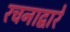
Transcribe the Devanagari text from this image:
रचनाद्वारे